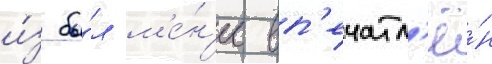
и́з бы́л м'е́н'ее вп'ечатл'ё́н